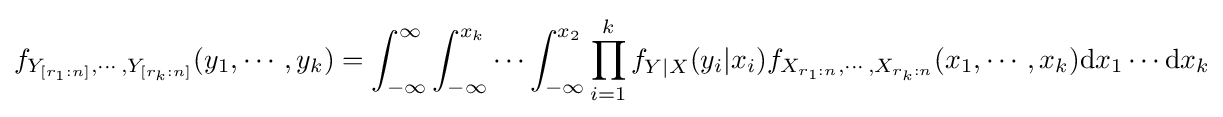
f_{Y_{[r_{1}:n]},\cdots ,Y_{[r_{k}:n]}}(y_{1},\cdots ,y_{k})=\int _{-\infty }^{\infty }\int _{-\infty }^{x_{k}}\cdots \int _{-\infty }^{x_{2}}\prod _{i=1}^{k}f_{Y\mid X}(y_{i}|x_{i})f_{X_{r_{1}:n},\cdots ,X_{r_{k}:n}}(x_{1},\cdots ,x_{k})\mathrm {d} x_{1}\cdots \mathrm {d} x_{k}